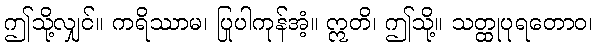
ဤသို့လျှင်။ ကရိဿာမ၊ ပြုပါကုန်အံ့။ ဣတိ၊ ဤသို့။ သတ္ထုပုရတောဝ၊